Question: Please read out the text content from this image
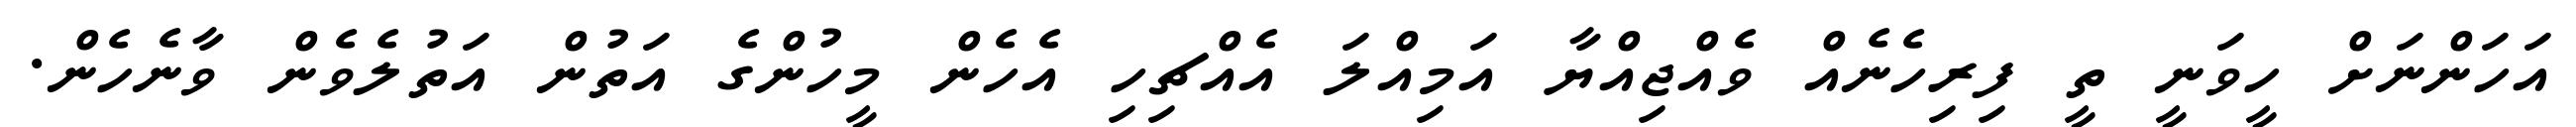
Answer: އަހަންނަށް ހީވަނީ ތީ ފިރިހެނެއް ވެއްޖިއްޔާ އަމިއްލަ އެއްޗިހި އެހެން މީހުންގެ އަތުން އަތުލެވެން ވާނެހެން.